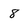
Character: 8